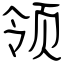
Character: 领